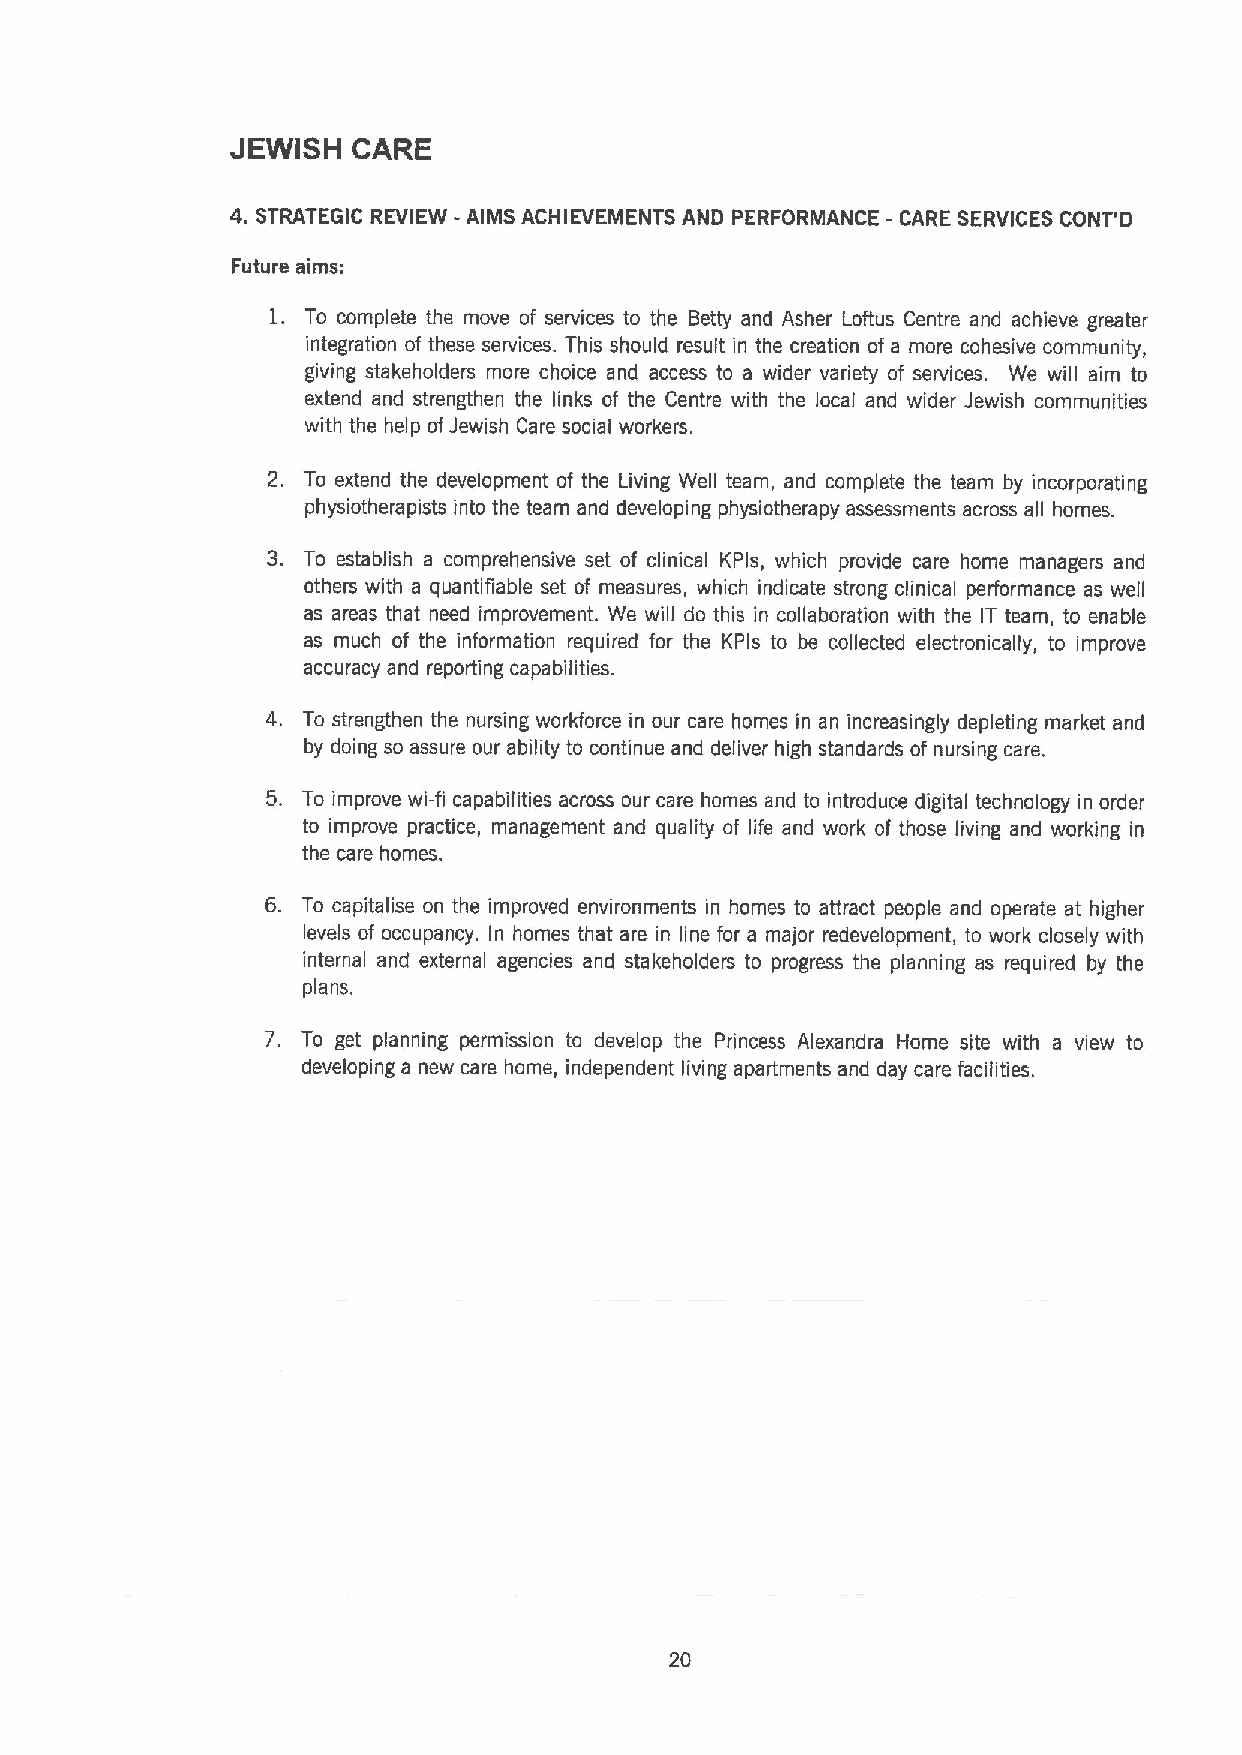
JEWISH  CARE
 4.STRATEGIC REVIEW - AIMS ACHIEVEMENTS AND PERFORMANCE - CARE SERVICES CONT'D
 Future aims:
 1. To complete the move of services to the Betty and Asher Loftus Centre and achieve greater
 integration of these services. This should result in the creation of a more cohesive community,
 giving stakeholders more choice and access to a wider variety of services. We will aim to
 extend and strengthen the links of the Centre with the local and wider Jewish communities
 with the help ofJewish Care social workers.
 2. To extend the development of the Living Well team, and complete the team by incorporating
 physiotherapists into the team and developing physiotherapy assessments across all homes.
 3. To establish a comprehensive set of clinical KPls, which provide care home managers and
 others with a quantifiable set of measures, which indicate strong clinical performance as well
 as areas that need improvement. We will do this in collaboration with the IT team, to enable
 as much of the information required for the KPls to be collected electronically, to improve
 accuracy and reporting capabilities.
 4. To strengthen the nursing workforce in our care homes in an increasingly depleting market and
 by doing so assure our ability to continue and deliver high standards of nursing care.
 5. To improve wi-fi capabilities across our care homes and to introduce digital technology in order
 to improve practice, management and quality of life and work of those living and working in
 the care homes.
 6. To capitalise on the improved environments in homes to attract people and operate at higher
 levels of occupancy. In homes that are in line for a major redevelopment, to work closely with
 internal and external agencies and stakeholders to progress the planning as required by the
 plans.
 7. To get planning permission to develop the Princess Alexandra Home site with a view to
 developing a new care home, independent living apartments and day care facilities.
 20